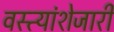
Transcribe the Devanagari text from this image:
वस्त्यांशेजारी